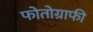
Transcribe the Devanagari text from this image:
फोतोग्राफी